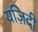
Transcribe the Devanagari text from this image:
यज़िदी